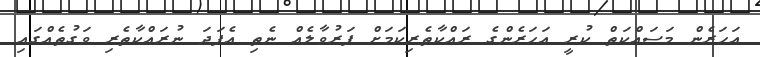
އަހަރެން މަސައްކަތް ކުރީ އަހަރެންގެ ރައްކާތެރިކަމަށް ފަރުވާލެއް ނެތި އެފަދަ ނުރައްކާތެރި ވަގުތެއްގައި